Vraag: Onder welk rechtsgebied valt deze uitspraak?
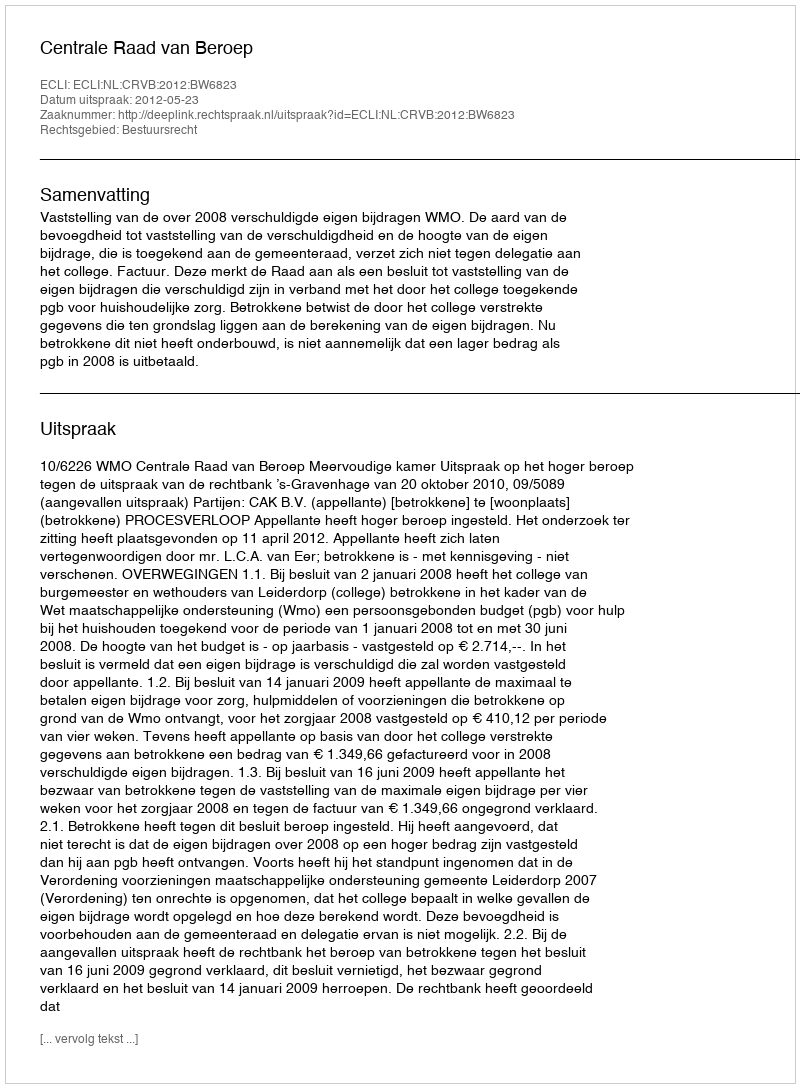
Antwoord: Bestuursrecht